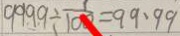
9 9 9 9 \div \frac { 1 } { 1 0 0 } = 9 9 . 9 9